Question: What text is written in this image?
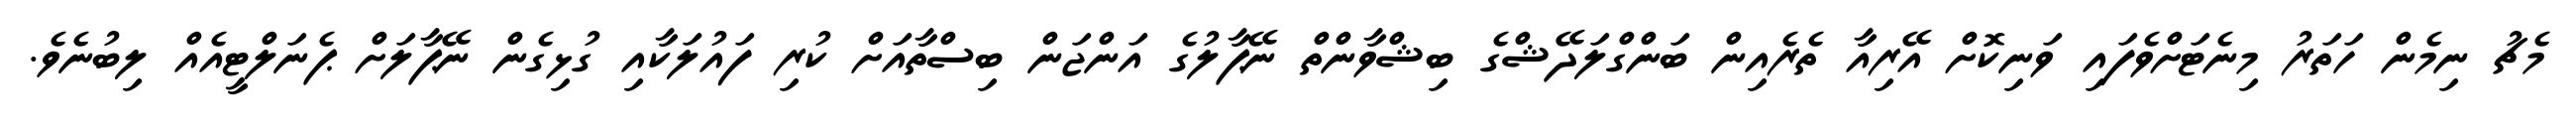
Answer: މެޗު ނިމެން ހަތަރު މިނެޓަށްވެފައި ވަނިކޮށް އޭރިއާ ތެރެއިން ބަންގްލަދޭޝްގެ ބިޝްވާންތް ނޭޕާލުގެ އަންޖަން ބިސްތާއަށް ކުރި ފައުލަކާއި ގުޅިގެން ނޭޕާލަށް ޕެނަލްޓީއެއް ލިބުނެވެ.